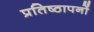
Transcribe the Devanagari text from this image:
प्रतिष्ठापनों